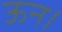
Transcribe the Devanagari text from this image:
ऊन।